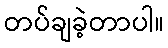
တပ်ချခဲ့တာပါ။